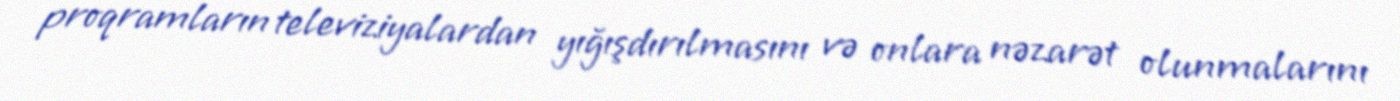
proqramların televiziyalardan yığışdırılmasını və onlara nəzarət olunmalarını